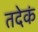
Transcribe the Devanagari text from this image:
तदेकं